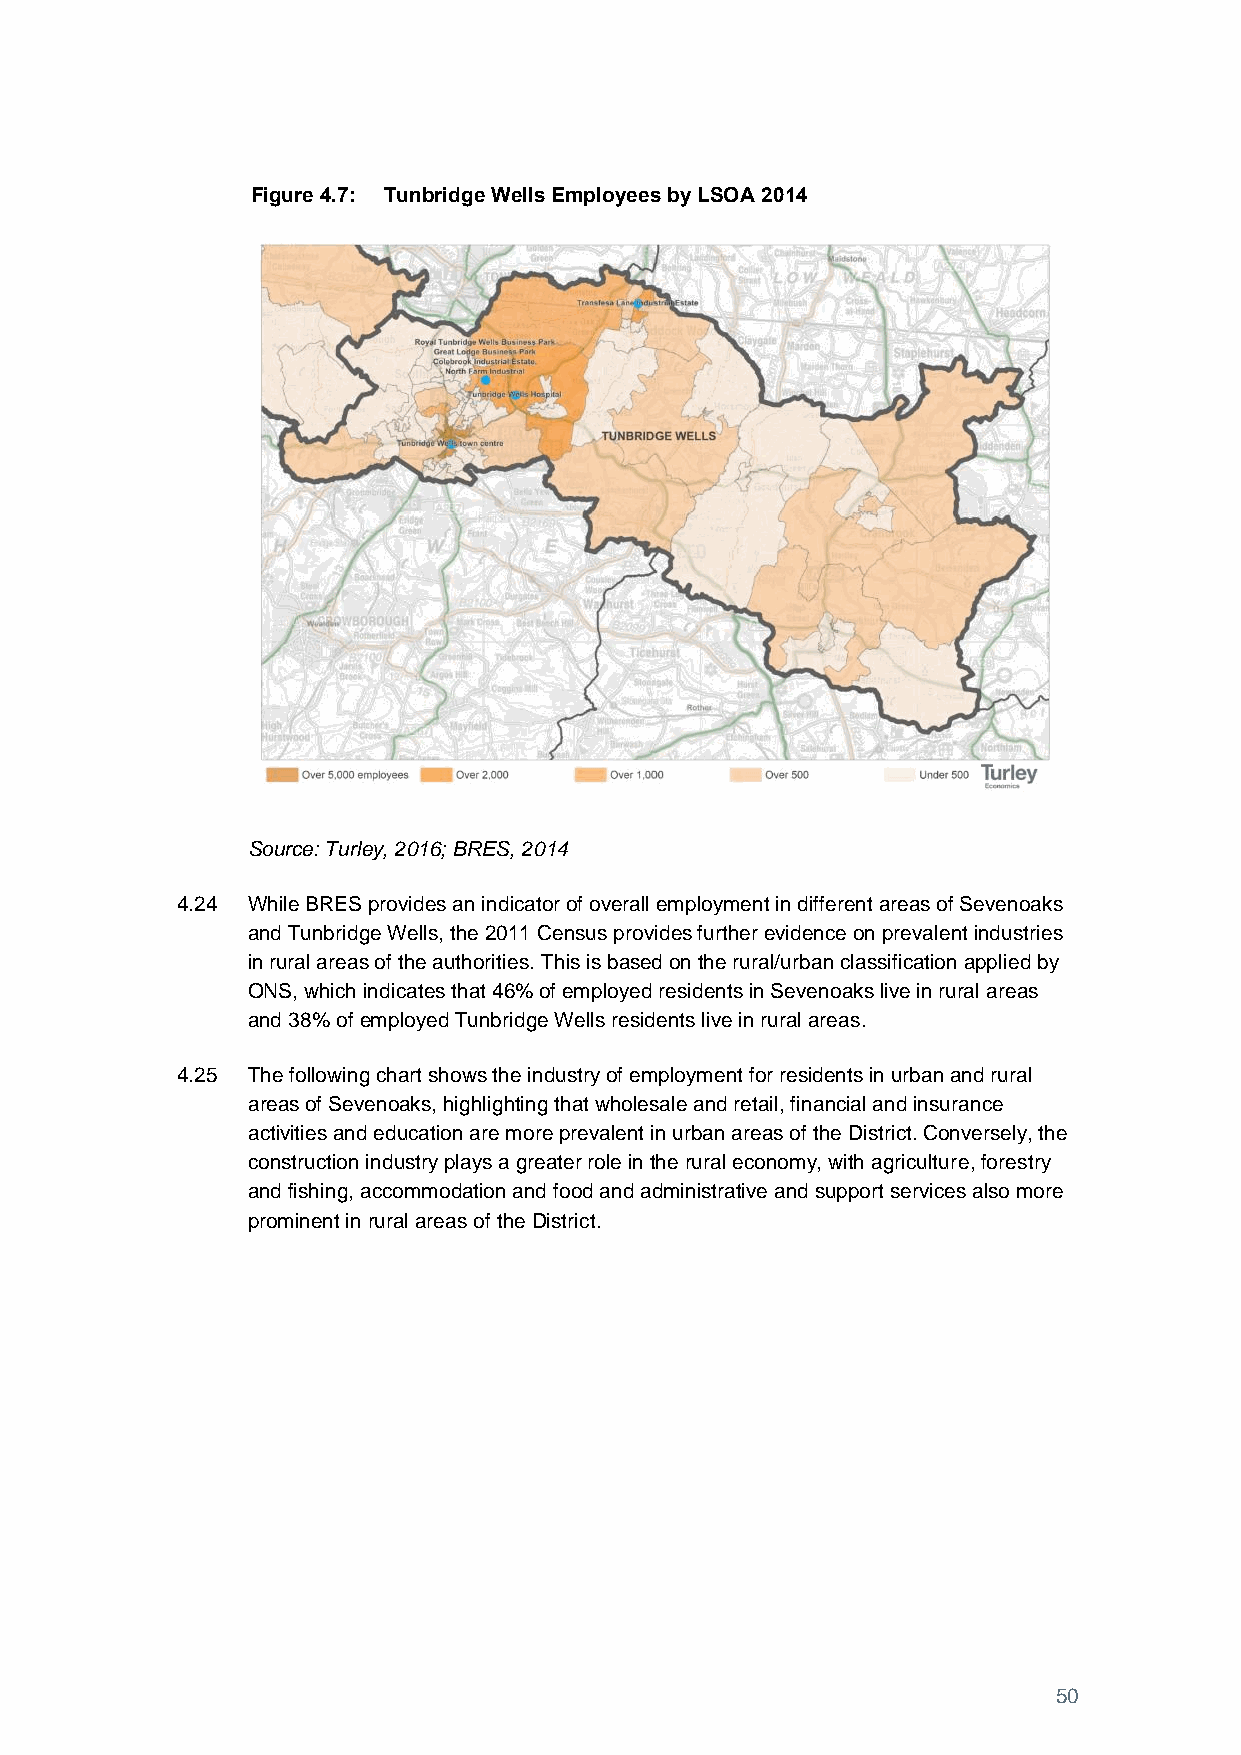
Figure 4.7: Tunbridge Wells Employees by LSOA 2014
 Source: Turley, 2016; BRES, 2014
 4.24 While BRES provides an indicator of overall employment in different areas of Sevenoaks
 and Tunbridge Wells, the 2011 Census provides further evidence on prevalent industries
 in rural areas of the authorities. This is based on the rural/urban classification applied by
 ONS, which indicates that 46% of employed residents in Sevenoaks live in rural areas
 and 38% of employed Tunbridge Wells residents live in rural areas.
 4.25 The following chart shows the industry of employment for residents in urban and rural
 areas of Sevenoaks, highlighting that wholesale and retail, financial and insurance
 activities and education are more prevalent in urban areas of the District. Conversely, the
 construction industry plays a greater role in the rural economy, with agriculture, forestry
 and fishing, accommodation and food and administrative and support services also more
 prominent in rural areas of the District.
 50